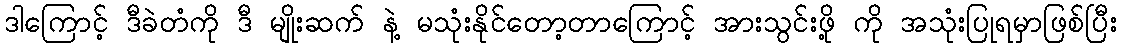
ဒါကြောင့် ဒီခဲတံကို ဒီ မျိုးဆက် နဲ့ မသုံးနိုင်တော့တာကြောင့် အားသွင်းဖို့ ကို အသုံးပြုရမှာဖြစ်ပြီး